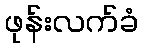
ဖုန်းလက်ခံ